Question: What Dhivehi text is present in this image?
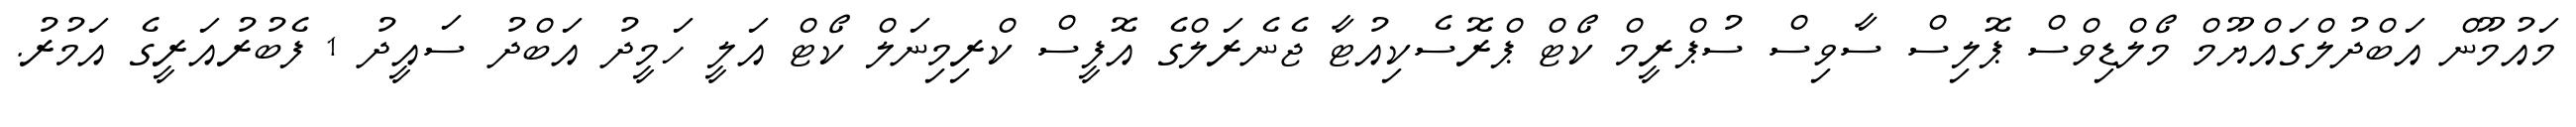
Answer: މައުމޫން އަބްދުލްގައްޔޫމް މޯލްޑިވްސް ޕޮލިސް ސާވިސް ސުޕްރީމް ކޯޓް ޕްރޮސެކިއުޓާ ޖެނެރަލްގެ އޮފީސް ކްރިމިނަލް ކޯޓް އަލީ ހަމީދު އަބްދު ސައީދު 1 ފެބުރުއަރީގެ އަމުރު.